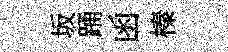
坂踊函榛